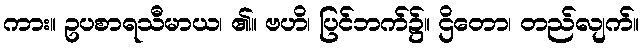
ကား။ ဥပစာရသီမာယ၊ ၏။ ဗဟိ၊ ပြင်ဘက်၌။ ဌိတော၊ တည်လျက်။